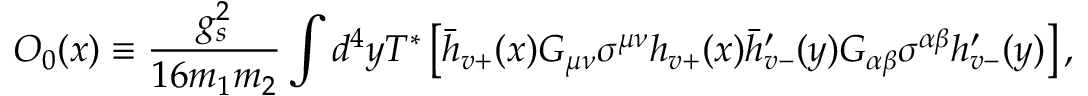
O _ { 0 } ( x ) \equiv \displaystyle \frac { g _ { s } ^ { 2 } } { 1 6 m _ { 1 } m _ { 2 } } \int d ^ { 4 } y T ^ { * } \left[ \bar { h } _ { v + } ( x ) { G _ { \mu \nu } \sigma ^ { \mu \nu } } h _ { v + } ( x ) \bar { h } _ { v - } ^ { \prime } ( y ) { G _ { \alpha \beta } \sigma ^ { \alpha \beta } } h _ { v - } ^ { \prime } ( y ) \right] ,